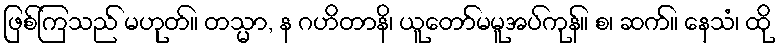
ဖြစ်ကြသည် မဟုတ်။ တသ္မာ, န ဂဟိတာနိ၊ ယူတော်မမူအပ်ကုန်။ စ၊ ဆက်။ နေသံ၊ ထို